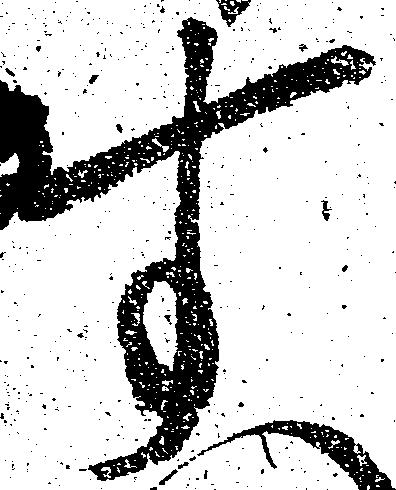
す